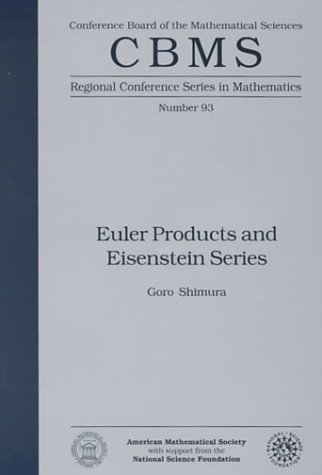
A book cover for Euler Products and Eisenstein Series (CBMS Regional Conference Series in Mathematics); Goro Shimura; Science & Math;